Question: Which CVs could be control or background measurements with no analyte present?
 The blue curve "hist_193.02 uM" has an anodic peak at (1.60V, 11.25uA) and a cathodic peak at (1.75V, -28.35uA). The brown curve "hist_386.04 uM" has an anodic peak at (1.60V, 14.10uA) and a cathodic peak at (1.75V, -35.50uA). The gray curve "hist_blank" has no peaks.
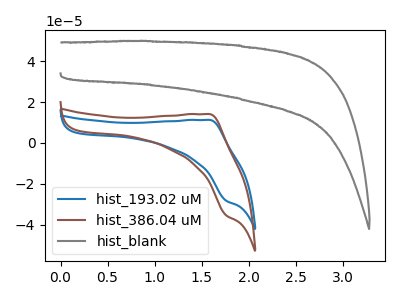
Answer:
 <answer>"hist_blank" is likely to be a blank.</answer>
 <eval>hist_blank</eval>